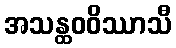
အသန္ထဝဝိဿာသီ